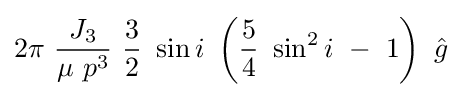
2\pi \ {\frac {J_{3}}{\mu \ p^{3}}}\ {\frac {3}{2}}\ \sin i\ \left({\frac {5}{4}}\ \sin ^{2}i\ -\ 1\right)\ {\hat {g}}